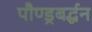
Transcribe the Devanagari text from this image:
पौण्ड्रबर्द्धन